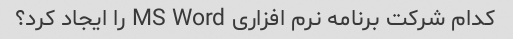
کدام شرکت برنامه نرم افزاری MS Word را ایجاد کرد؟